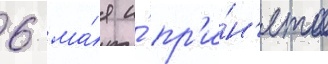
6 ма́я и́ пр'и́н'ято